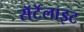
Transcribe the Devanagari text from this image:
सॅटॅलाइट